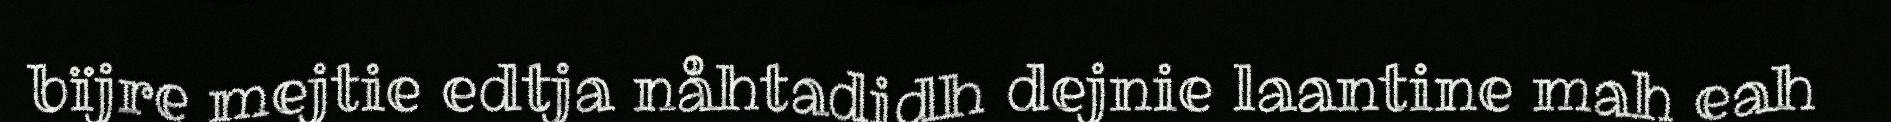
bïjre mejtie edtja nåhtadidh dejnie laantine mah eah